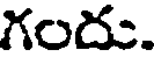
గందు.